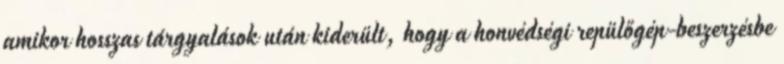
amikor hosszas tárgyalások után kiderült, hogy a honvédségi repülőgép-beszerzésbe